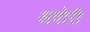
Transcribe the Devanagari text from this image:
अवोरी